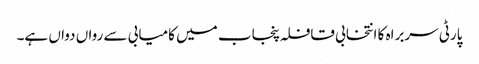
پارٹی سربراہ کا انتخابی قافلہ پنجاب میں کامیابی سے رواں دواں ہے۔